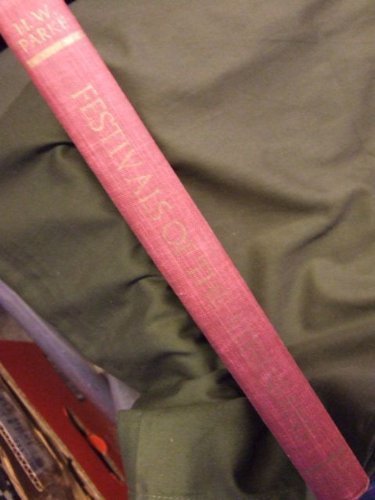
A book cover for Festivals of the Athenians (Aspects of Greek and Roman life); Herbert W. Parke; Politics & Social Sciences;